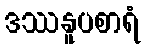
ဒဿနူပစာရံ